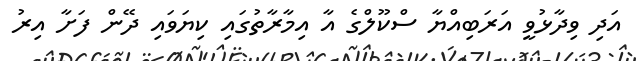
އަދި ވިދާޅުވީ އަރަބިއްޔާ ސްކޫލްގެ އާ އިމާރާތުގައި ކިޔަވައި ދޭން ފަށާ އިރު